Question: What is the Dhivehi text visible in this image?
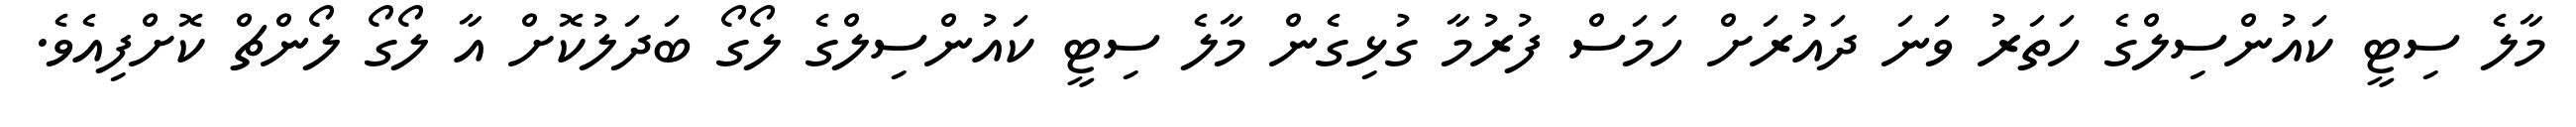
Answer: މާލެ ސިޓީ ކައުންސިލްގެ ހަތަރު ވަނަ ދައުރަށް ހަމަސް ފުރުމާ ގުޅިގެން މާލެ ސިޓީ ކައުންސިލްގެ ލޯގޯ ބަދަލުކޮށް އާ ލޯގޯ ލޯންޗް ކޮށްފިއެވެ.